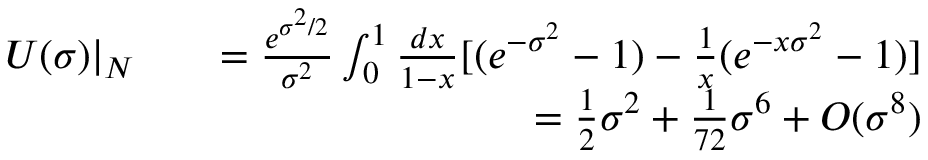
\begin{array} { r l r } { U ( \sigma ) | _ { N } } & { } & { = \frac { e ^ { \sigma ^ { 2 } / 2 } } { \sigma ^ { 2 } } \int _ { 0 } ^ { 1 } \frac { d x } { 1 - x } [ ( e ^ { - \sigma ^ { 2 } } - 1 ) - \frac { 1 } { x } ( e ^ { - x \sigma ^ { 2 } } - 1 ) ] } \\ & { } & { = \frac { 1 } { 2 } \sigma ^ { 2 } + \frac { 1 } { 7 2 } \sigma ^ { 6 } + O ( \sigma ^ { 8 } ) } \end{array}